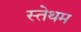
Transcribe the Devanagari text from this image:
स्तेथम